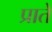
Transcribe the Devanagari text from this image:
प्राते